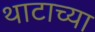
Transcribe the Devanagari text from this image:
थाटाच्या